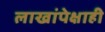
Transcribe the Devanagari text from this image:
लाखांपेक्षाही